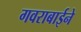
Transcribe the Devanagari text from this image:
गवराबाईने